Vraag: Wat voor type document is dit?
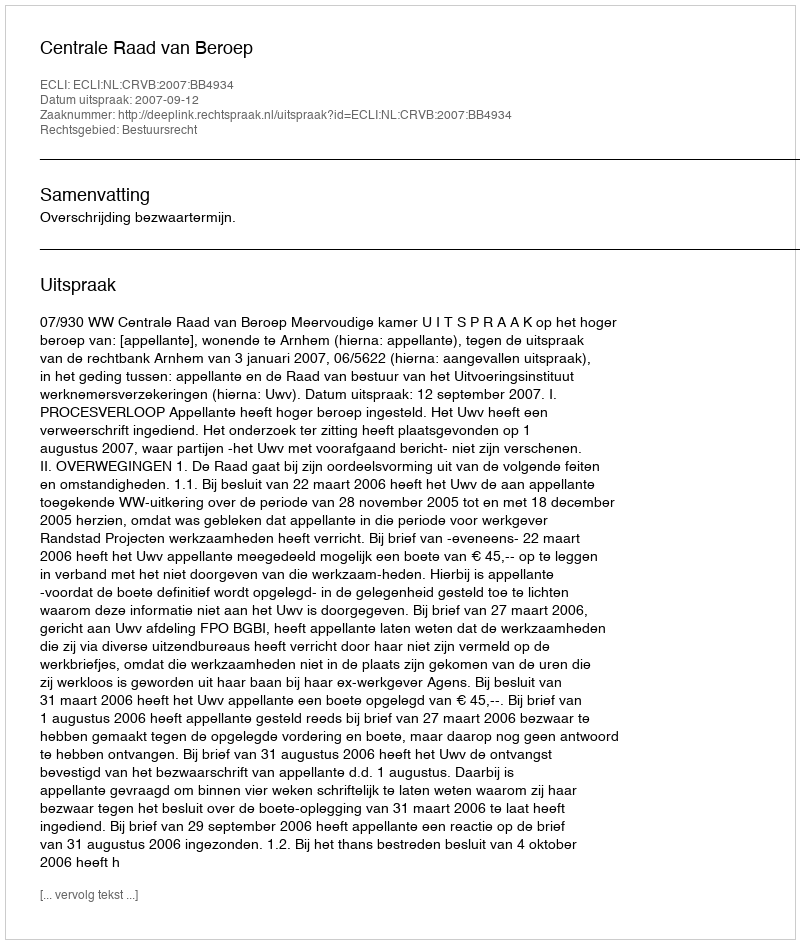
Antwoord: Uitspraak